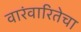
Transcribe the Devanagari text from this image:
वारंवारितेचा